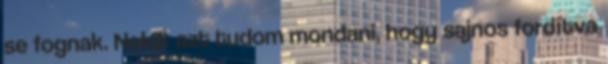
se fognak. Nekik azt tudom mondani, hogy sajnos fordítva